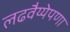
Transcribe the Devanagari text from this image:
लढवैय्येपणा